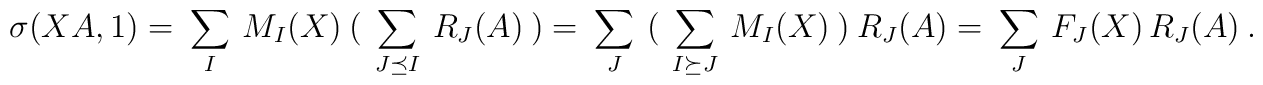
\sigma(XA,1) = \ \sum_I \ M_I(X)\ \big( \ \sum_{J\preceq I} \ R_J(A) \ \big)=\ \sum_J \ \big(\ \sum_{I\succeq J}\ M_I(X)\ \big) \ R_J(A)=\ \sum_J \ F_J(X)\, R_J(A) \ .